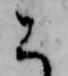
に